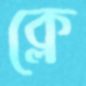
ক্লে